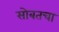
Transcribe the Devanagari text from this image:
सोबतचा